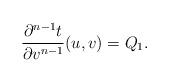
LaTeX: \begin{align*} \frac{\partial^{n-1}t}{\partial v^{n-1}}(u,v)=Q_1.\end{align*}